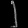
Digit: ၂